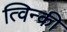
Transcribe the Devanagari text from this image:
त्विन्की